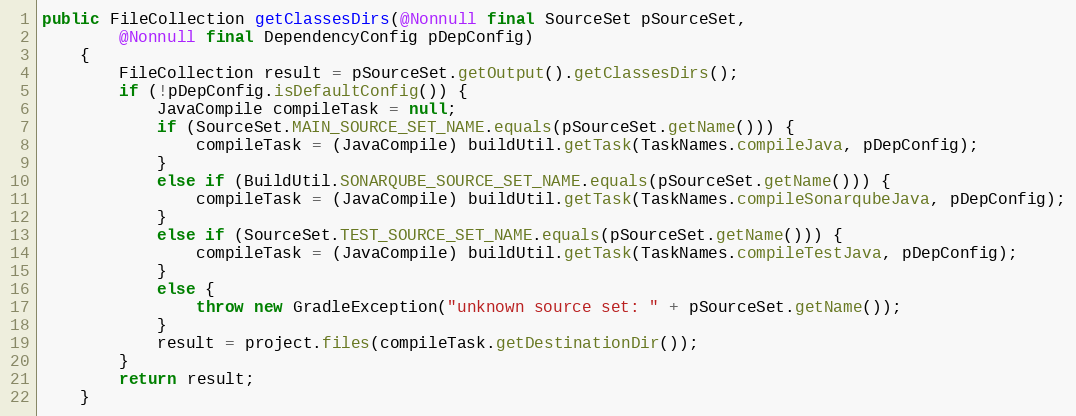
Language: Java
public FileCollection getClassesDirs(@Nonnull final SourceSet pSourceSet,
        @Nonnull final DependencyConfig pDepConfig)
    {
        FileCollection result = pSourceSet.getOutput().getClassesDirs();
        if (!pDepConfig.isDefaultConfig()) {
            JavaCompile compileTask = null;
            if (SourceSet.MAIN_SOURCE_SET_NAME.equals(pSourceSet.getName())) {
                compileTask = (JavaCompile) buildUtil.getTask(TaskNames.compileJava, pDepConfig);
            }
            else if (BuildUtil.SONARQUBE_SOURCE_SET_NAME.equals(pSourceSet.getName())) {
                compileTask = (JavaCompile) buildUtil.getTask(TaskNames.compileSonarqubeJava, pDepConfig);
            }
            else if (SourceSet.TEST_SOURCE_SET_NAME.equals(pSourceSet.getName())) {
                compileTask = (JavaCompile) buildUtil.getTask(TaskNames.compileTestJava, pDepConfig);
            }
            else {
                throw new GradleException("unknown source set: " + pSourceSet.getName());
            }
            result = project.files(compileTask.getDestinationDir());
        }
        return result;
    }